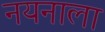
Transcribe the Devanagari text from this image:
नयनाला